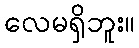
လေမရှိဘူး။